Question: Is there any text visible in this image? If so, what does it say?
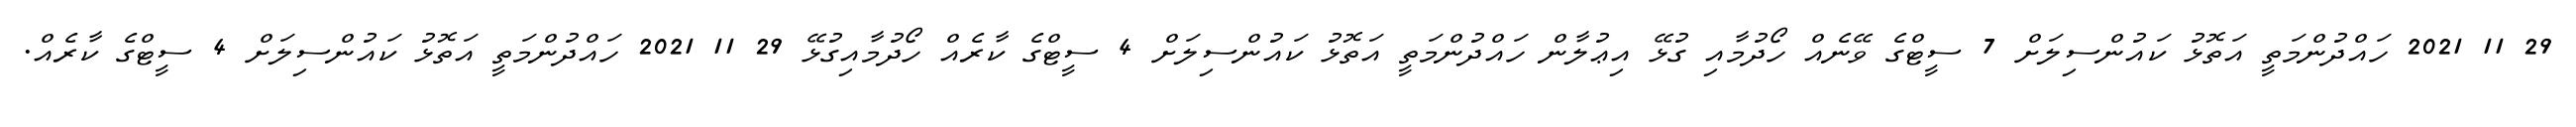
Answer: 29 11 2021 ހައްދުންމަތީ އަތޮޅު ކައުންސިލަށް 7 ސީޓްގެ ވޭނެއް ހޯދުމާއި ގުޅޭ އިޢުލާން ހައްދުންމަތީ އަތޮޅު ކައުންސިލަށް 4 ސީޓްގެ ކާރެއް ހޯދުމާއިގުޅޭ 29 11 2021 ހައްދުންމަތީ އަތޮޅު ކައުންސިލަށް 4 ސީޓްގެ ކާރެއް.